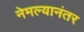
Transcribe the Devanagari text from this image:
नेमल्यानंतर